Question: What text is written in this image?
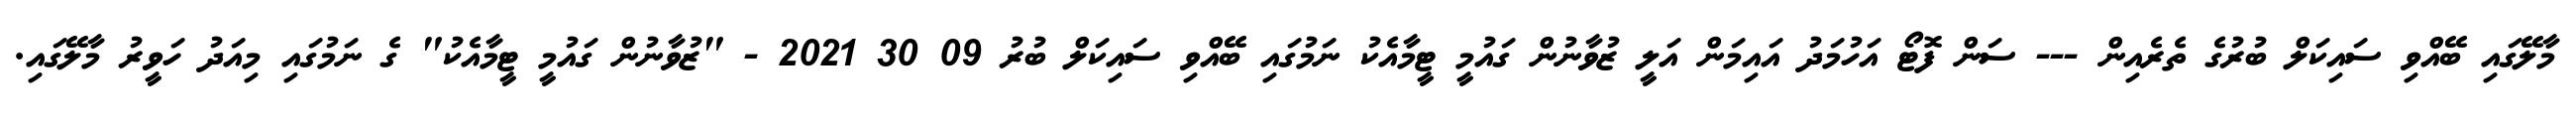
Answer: މާލޭގައި ބޭއްވި ސައިކަލް ބުރުގެ ތެރެއިން --- ސަން ފޮޓޯ އަހުމަދު އައިމަން އަލީ ޒުވާނުން ގައުމީ ޓީމާއެކު ނަމުގައި ބޭއްވި ސައިކަލް ބުރު 09 30 2021 - "ޒުވާނުން ގައުމީ ޓީމާއެކު" ގެ ނަމުގައި މިއަދު ހަވީރު މާލޭގައި.